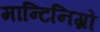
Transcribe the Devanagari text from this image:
मान्टिनिग्रो